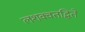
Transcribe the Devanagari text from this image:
लशक्वतद्धिते